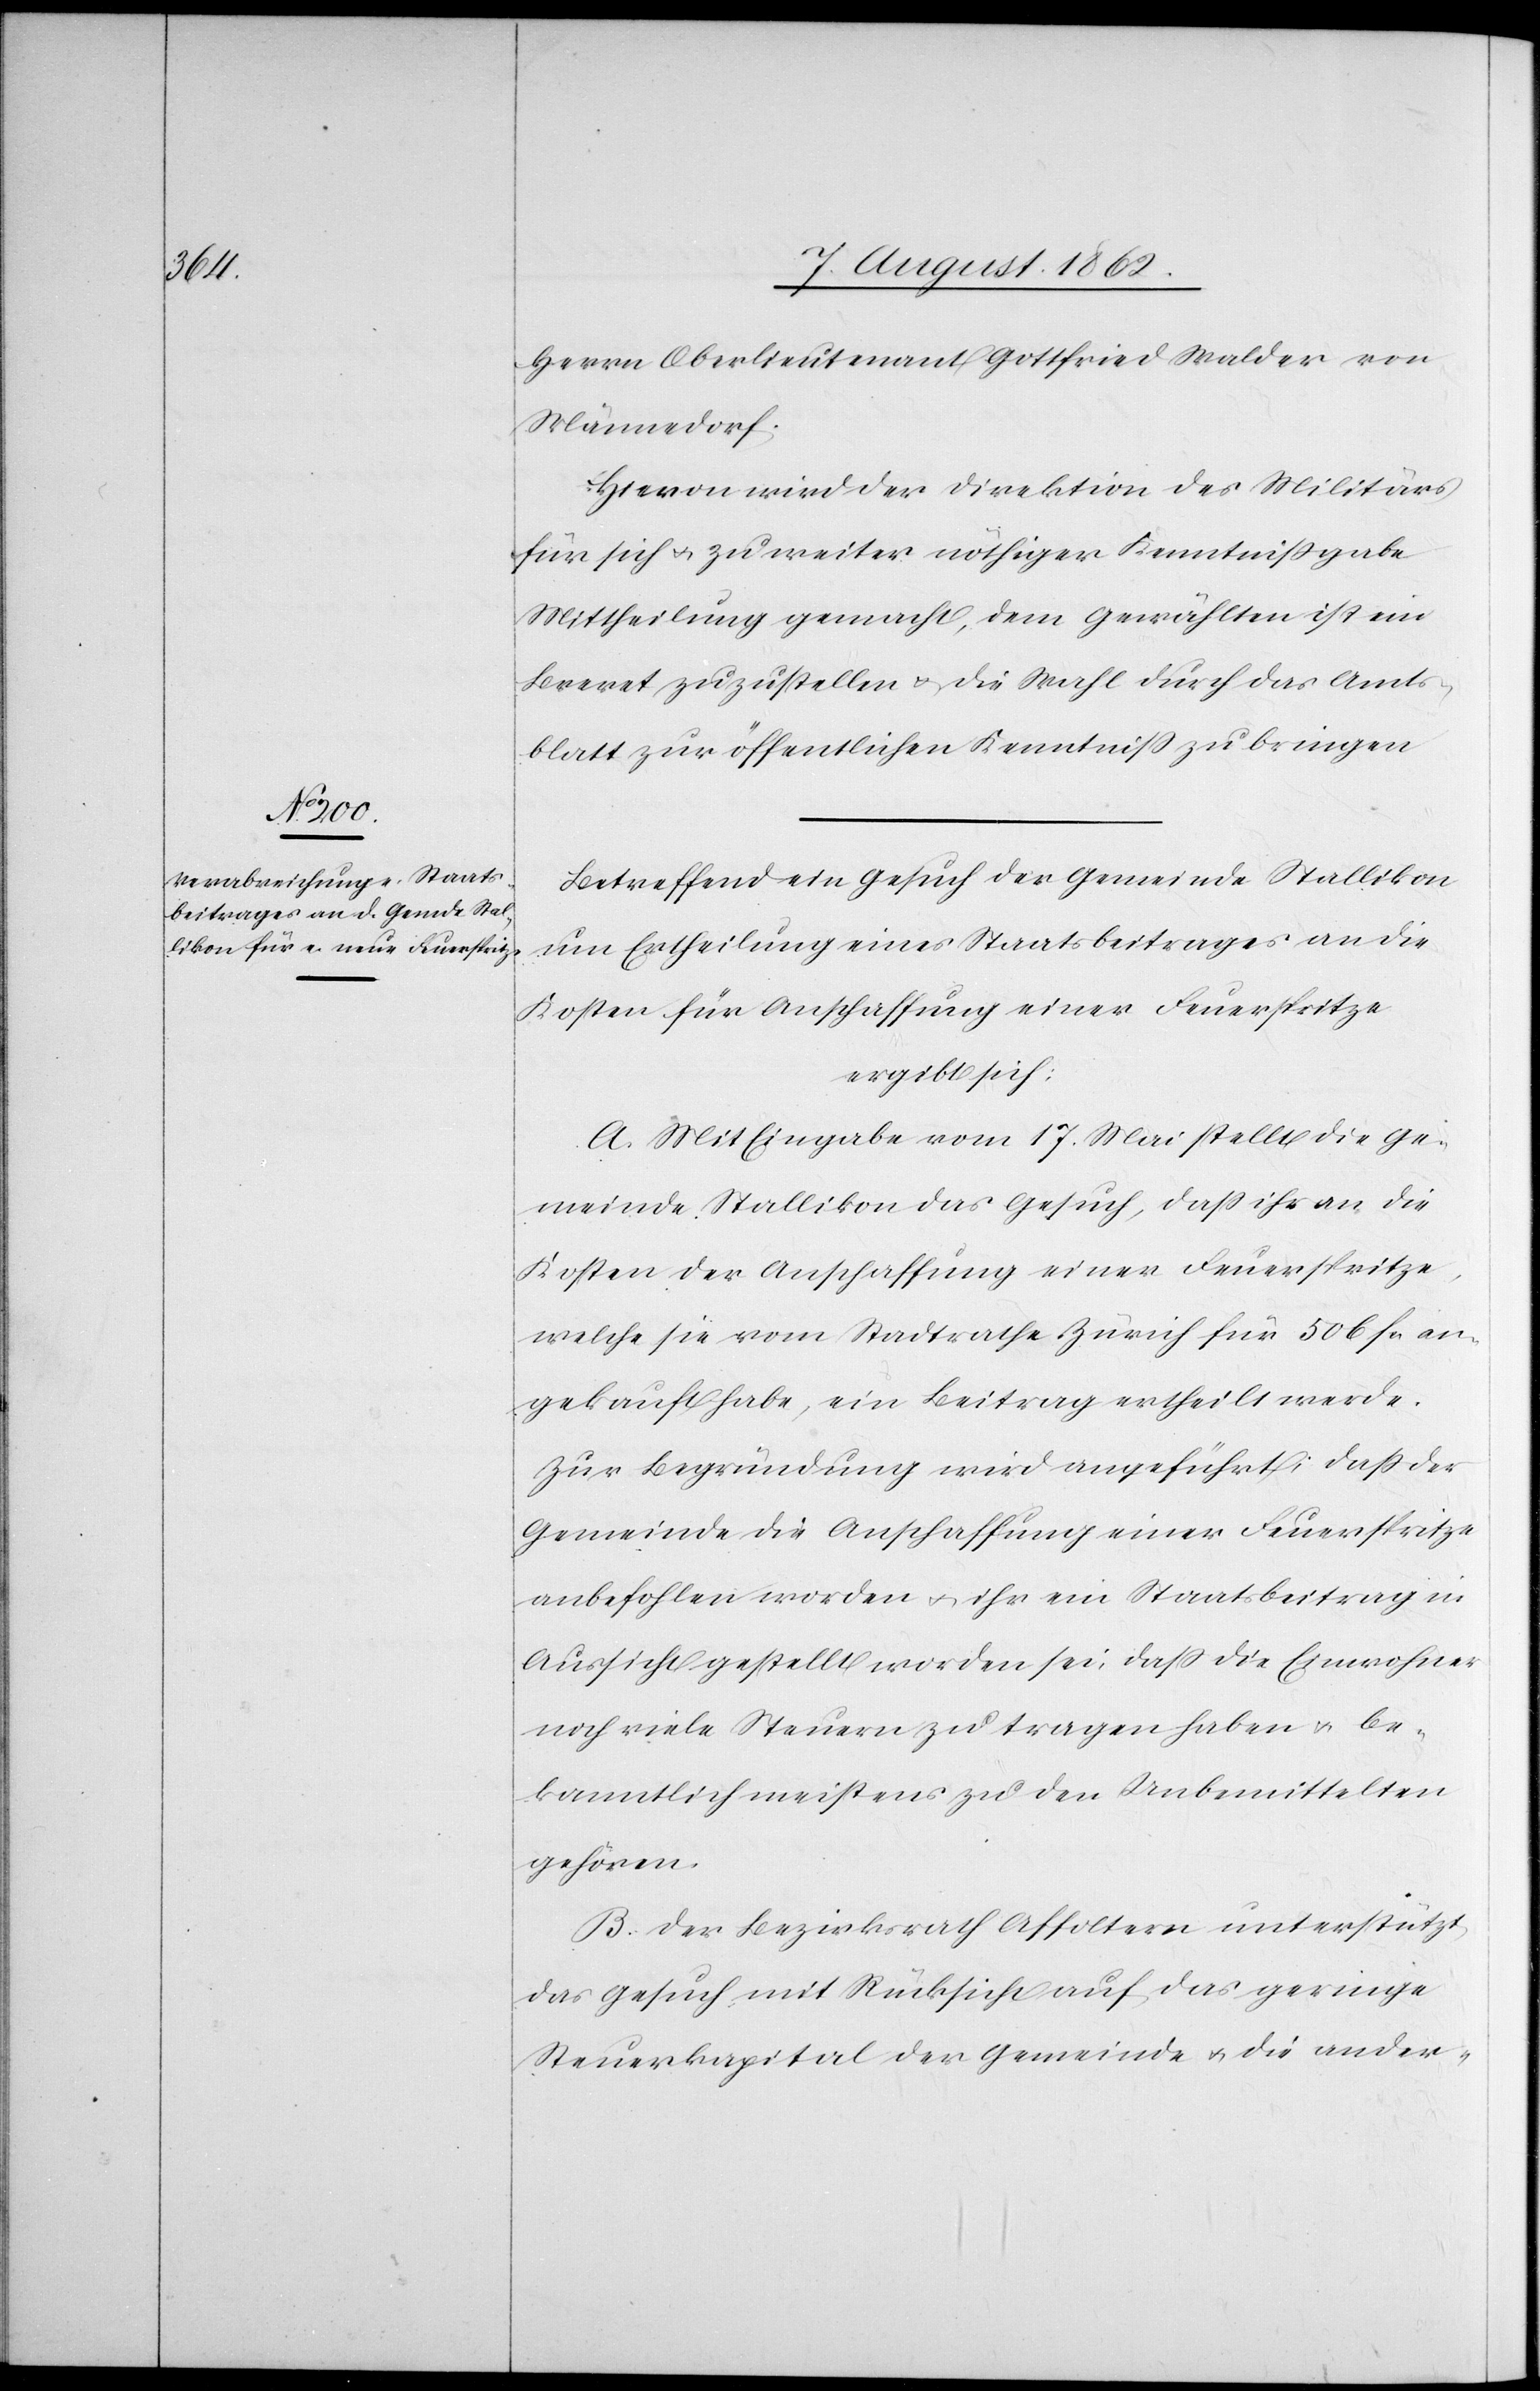
Herrn Oberlieutenant Gottfried Walder von
Männedorf.
Hievon wird der Direktion des Militärs
für sich u. zu weiter nöthiger Kenntnißgabe
Mittheilung gemacht, dem Gewählten ist ein
Brevet zuzustellen u. die Wahl durch das Amts¬
blatt zur öffentlichen Kenntniß zu bringen.
Betreffend ein Gesuch der Gemeinde Stallikon
um Ertheilung eines Staatsbeitrages an die
Kosten für Anschaffung einer Feuerspritze
ergibt sich:
A. Mit Eingabe vom 17. Mai stellt die Ge¬
meinde Stallikon das Gesuch, daß ihr an die
Kosten der Anschaffung einer Feuerspritze,
welche sie vom Stadtrathe Zürich für 506 fr. an¬
gekauft habe, ein Beitrag ertheilt werde.
Zur Begründung wird angeführt, daß der
Gemeinde die Anschaffung einer Feuerspritze
anbefohlen worden u. ihr ein Staatsbeitrag in
Aussicht gestellt worden sei, daß die Einwohner
noch viele Steuern zu tragen haben u. be¬
kanntlich meistens zu den Unbemittelten
gehören.
B. Der Bezirksrath Affoltern unterstützt
das Gesuch mit Rücksicht auf das geringe
Steuerkapital der Gemeinde u. die ander-